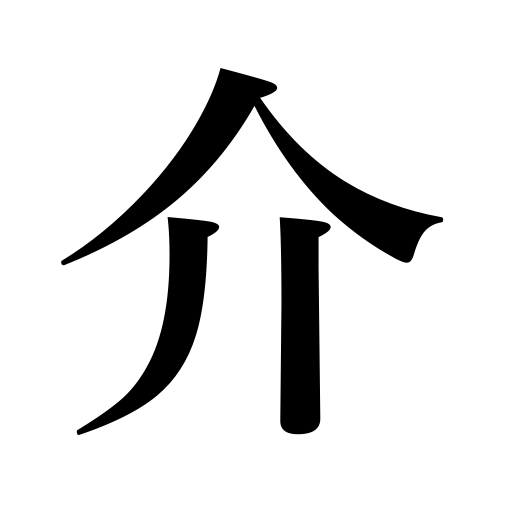
Meanings: shell,shellfish